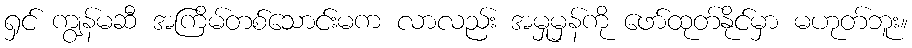
ရှင် ကျွန်မဆီ အကြိမ်တစ်သောင်းမက လာလည်း အမှုမှန်ကို ဖော်ထုတ်နိုင်မှာ မဟုတ်ဘူး။